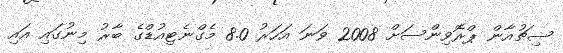
ސިޗުއާން ޕްރޮވިންސަށް 2008 ވަނަ އަހަރު 8.0 މެގްނެޓިއުޑްގެ ބާރު މިނުގައި އައި